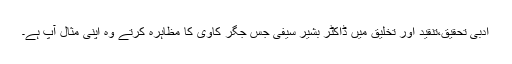
ادبی تحقیق،تنقید اور تخلیق میں ڈاکٹر بشیر سیفی جس جگر کاوی کا مظاہرہ کرتے وہ اپنی مثال آپ ہے۔